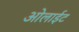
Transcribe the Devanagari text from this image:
ओलाईट